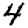
Digit: 4